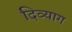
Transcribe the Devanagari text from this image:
दिव्याग